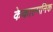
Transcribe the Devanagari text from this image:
केकाल्पनिक